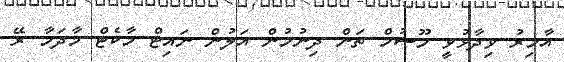
އާމިރު ވިދާޅުވީ މޫސުމް ތަން ދިނުމުން އަލުން ނައިޓް މާކެޓް މާދަމާ ރޭ